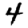
Digit: 4